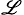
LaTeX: _{\mathscr{L}}